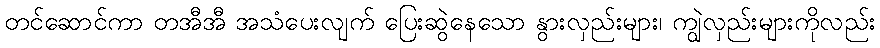
တင်ဆောင်ကာ တအီအီ အသံပေးလျက် ပြေးဆွဲနေသော နွားလှည်းများ၊ ကျွဲလှည်းများကိုလည်း